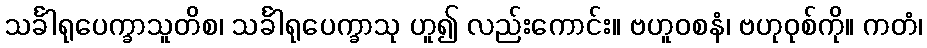
သင်္ခါရုပေက္ခာသူတိစ၊ သင်္ခါရုပေက္ခာသု ဟူ၍ လည်းကောင်း။ ဗဟူဝစနံ၊ ဗဟုဝုစ်ကို။ ကတံ၊